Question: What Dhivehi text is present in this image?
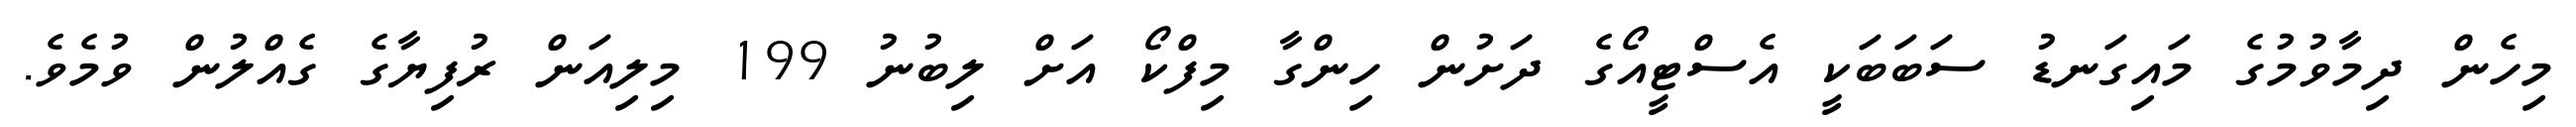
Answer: މިހެން ދިމާވުމުގެ މައިގަނޑު ސަބަބަކީ އެސްޓީއޯގެ ދަށުން ހިންގާ މިފްކޯ އަށް ލިބުނު 199 މިލިއަން ރުފިޔާގެ ގެއްލުން ވުމެވެ.